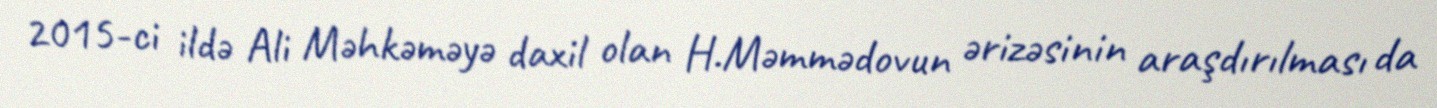
2015-ci ildə Ali Məhkəməyə daxil olan H.Məmmədovun ərizəsinin araşdırılması da